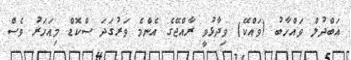
އަބްދުލް ވައްހާބު (ވައްކޭ) ވިދާޅުވީ ރާއްޖޭގެ އެންމެ ވަރުގަދަ ސްކޮޑް މިއަހަރު ވެސް